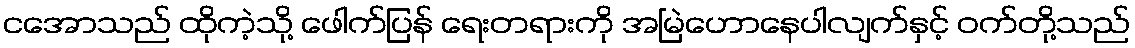
ငအောသည် ထိုကဲ့သို့ ဖေါက်ပြန် ရေးတရားကို အမြဲဟောနေပါလျက်နှင့် ဝက်တို့သည်